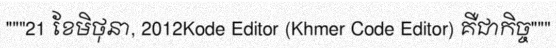
"""21 ខែមិថុនា, 2012Kode Editor (Khmer Code Editor) គឺជាកិច្ច"""